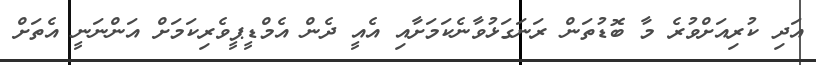
އަދި ކުރިއަށްވުރެ މާ ބޮޑުތަން ރަނަގަޅުވާނެކަމަށާއި އެއީ ދެން އެމްޑީޕީވެރިކަމަށް އަންނަނީ އެތަށް